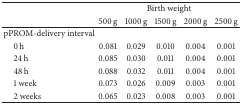
<table><thead><tr><td><b> </b></td><td colspan="5"><b>Birth weight</b></td></tr><tr><td><b> </b></td><td><b>500 g</b></td><td><b>1000 g</b></td><td><b>1500 g</b></td><td><b>2000 g</b></td><td><b>2500 g</b></td></tr></thead><tbody><tr><td>pPROM-delivery interval</td><td> </td><td> </td><td> </td><td> </td><td> </td></tr><tr><td> 0 h</td><td>0.081</td><td>0.029</td><td>0.010</td><td>0.004</td><td>0.001</td></tr><tr><td> 24 h</td><td>0.085</td><td>0.030</td><td>0.011</td><td>0.004</td><td>0.001</td></tr><tr><td> 48 h</td><td>0.088</td><td>0.032</td><td>0.011</td><td>0.004</td><td>0.001</td></tr><tr><td> 1 week</td><td>0.073</td><td>0.026</td><td>0.009</td><td>0.003</td><td>0.001</td></tr><tr><td> 2 weeks</td><td>0.065</td><td>0.023</td><td>0.008</td><td>0.003</td><td>0.001</td></tr></tbody></table>